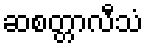
ဆစတ္တာလီသံ